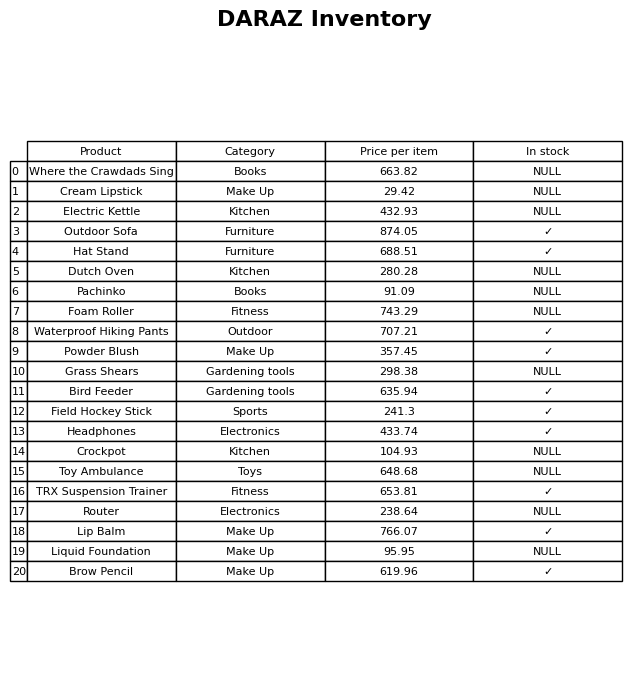
question: What is the stock status of the Pachinko?
answer: NULL